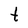
Character: t